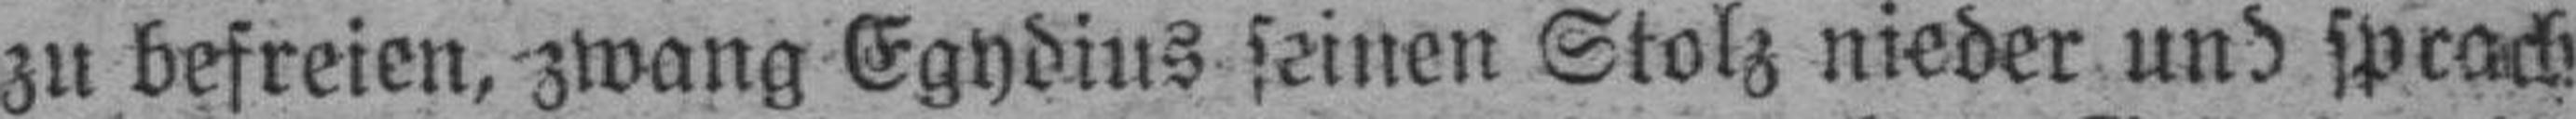
zu befreien, zwang Egydius seinen Stolz nieder und sprach